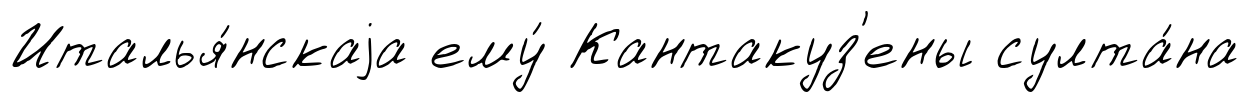
Италья́нскаjа ему́ Кантакуз'ены султа́на